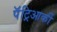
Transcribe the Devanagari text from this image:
पॅट्रिआर्की